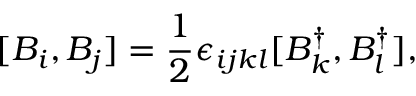
[ B _ { i } , B _ { j } ] = \frac { 1 } { 2 } \epsilon _ { i j k l } [ B _ { k } ^ { \dagger } , B _ { l } ^ { \dagger } ] ,